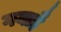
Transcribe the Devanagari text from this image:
गयाहै